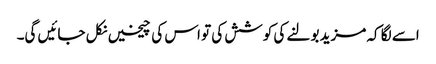
اسے لگا کہ مزید بولنے کی کوشش کی تو اس کی چیخیں نکل جائیں گی۔